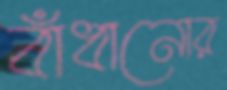
বাঁধানোর